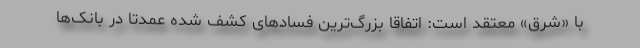
با «شرق» معتقد است: اتفاقا بزرگ‌ترین فسادهای کشف شده عمدتا در بانک‌ها